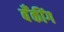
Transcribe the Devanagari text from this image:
बॅँकींग